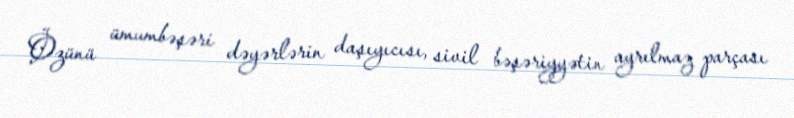
Özünü ümumbəşəri dəyərlərin daşıyıcısı, sivil bəşəriyyətin ayrılmaz parçası